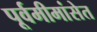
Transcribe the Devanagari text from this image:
पूर्वमीमांसेत